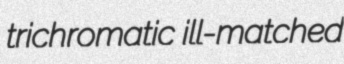
trichromatic ill-matched